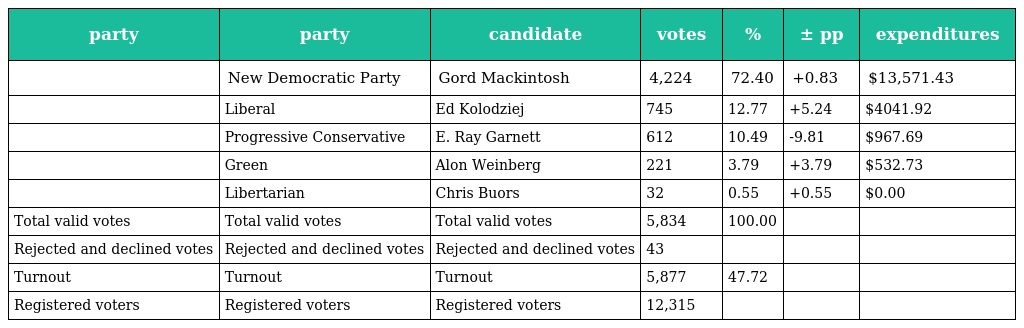
| party | party | candidate | votes | % | ± pp | expenditures |
 | --- | --- | --- | --- | --- | --- | --- |
 |  | New Democratic Party | Gord Mackintosh | 4,224 | 72.40 | +0.83 | $13,571.43 |
 |  | Liberal | Ed Kolodziej | 745 | 12.77 | +5.24 | $4041.92 |
 |  | Progressive Conservative | E. Ray Garnett | 612 | 10.49 | -9.81 | $967.69 |
 |  | Green | Alon Weinberg | 221 | 3.79 | +3.79 | $532.73 |
 |  | Libertarian | Chris Buors | 32 | 0.55 | +0.55 | $0.00 |
 | Total valid votes | Total valid votes | Total valid votes | 5,834 | 100.00 |  |  |
 | Rejected and declined votes | Rejected and declined votes | Rejected and declined votes | 43 |  |  |  |
 | Turnout | Turnout | Turnout | 5,877 | 47.72 |  |  |
 | Registered voters | Registered voters | Registered voters | 12,315 |  |  |  |